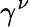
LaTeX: \gamma^{\nu}